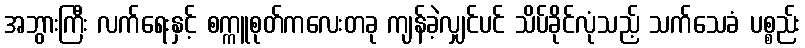
အဘွားကြီး လက်ရေးနှင့် စက္ကူစုတ်ကလေးတခု ကျန်ခဲ့လျှင်ပင် သိပ်ခိုင်လုံသည့် သက်သေခံ ပစ္စည်း